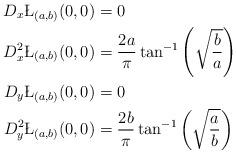
LaTeX: \begin{align*}D_x \L_{(a,b)}(0,0) &= 0 \\D_x^2 \L_{(a,b)}(0,0) &= \frac{2 a}{ \pi} \tan^{-1} \left( \sqrt{\frac{b}{a}} \right) \\D_y \L_{(a,b)}(0,0) &= 0 \\D_y^2 \L_{(a,b)}(0,0) &= \frac{2 b}{ \pi} \tan^{-1} \left( \sqrt{\frac{a}{b}} \right)\end{align*}